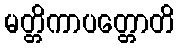
မတ္တိကာပတ္တောတိ